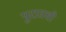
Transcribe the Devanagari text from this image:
पुरातची